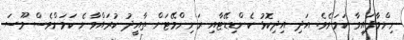
ނިންމާފައިވާ ކަމަށެވެ. އަދި އިދިކޮޅު ކެންޑިޑޭޓާއި ރަނިންމޭޓަށް ތާއީދު ކުރައްވާނެ ކަމަށްވެސް މޫސަ